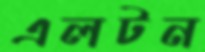
এলটন